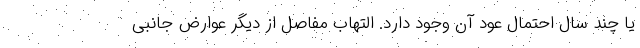
یا چند سال احتمال عود آن وجود دارد. التهاب مفاصل از دیگر عوارض جانبی